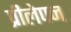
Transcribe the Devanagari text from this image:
प्रीलेपन